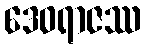
ဒေဝရာဇဿ